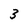
Character: 3